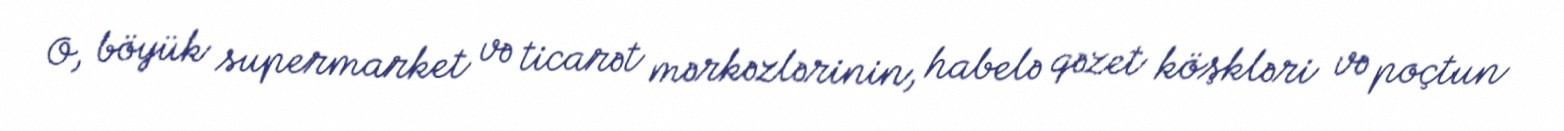
O, böyük supermarket və ticarət mərkəzlərinin, habelə qəzet köşkləri və poçtun